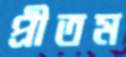
প্রীতম